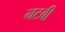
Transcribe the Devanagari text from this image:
नटबी